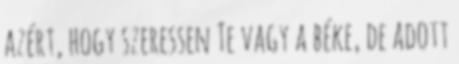
azért, hogy szeressen Te vagy a béke, de adott